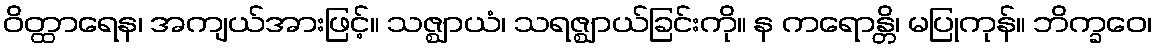
ဝိတ္ထာရေန၊ အကျယ်အားဖြင့်။ သဇ္ဈာယံ၊ သရဇ္ဈာယ်ခြင်းကို။ န ကရောန္တိ၊ မပြုကုန်။ ဘိက္ခဝေ၊